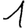
Digit: 1